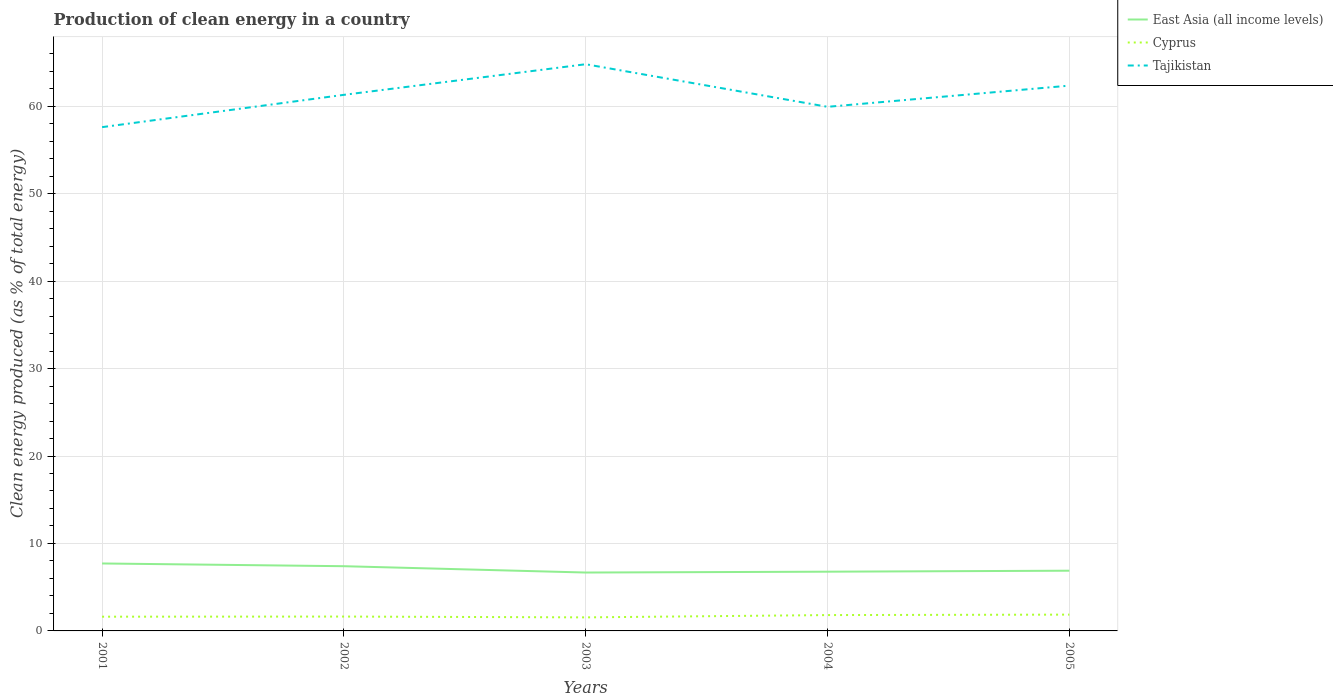
| Years | East Asia (all income levels) | Cyprus | Tajikistan |
 | --- | --- | --- | --- |
 | 2001 | 7.71 | 1.63 | 57.6 |
 | 2002 | 7.4 | 1.64 | 61.3 |
 | 2003 | 6.68 | 1.55 | 64.8 |
 | 2004 | 6.77 | 1.81 | 59.9 |
 | 2005 | 6.89 | 1.86 | 62.4 |